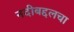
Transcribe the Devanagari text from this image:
नदीबद्दलचा